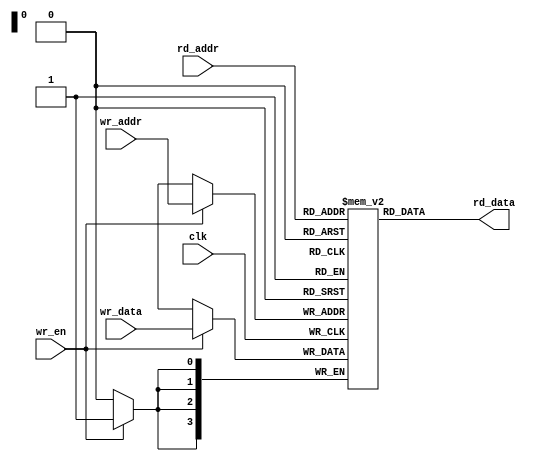
`timescale 1ns / 1ps

module RAM(
    input  [3:0] wr_addr,
    input wr_en,
    input [3:0] wr_data,
    input clk,
    input [3:0] rd_addr,
    output [3:0] rd_data

);

reg [3:0] memorie_efectiva [0:15];

assign rd_data = memorie_efectiva[rd_addr];

always @(posedge clk) begin
    if (wr_en == 1) begin
        memorie_efectiva[wr_addr] <= wr_data;
    end
end 

endmodule